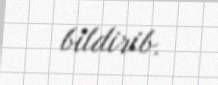
bildirib.